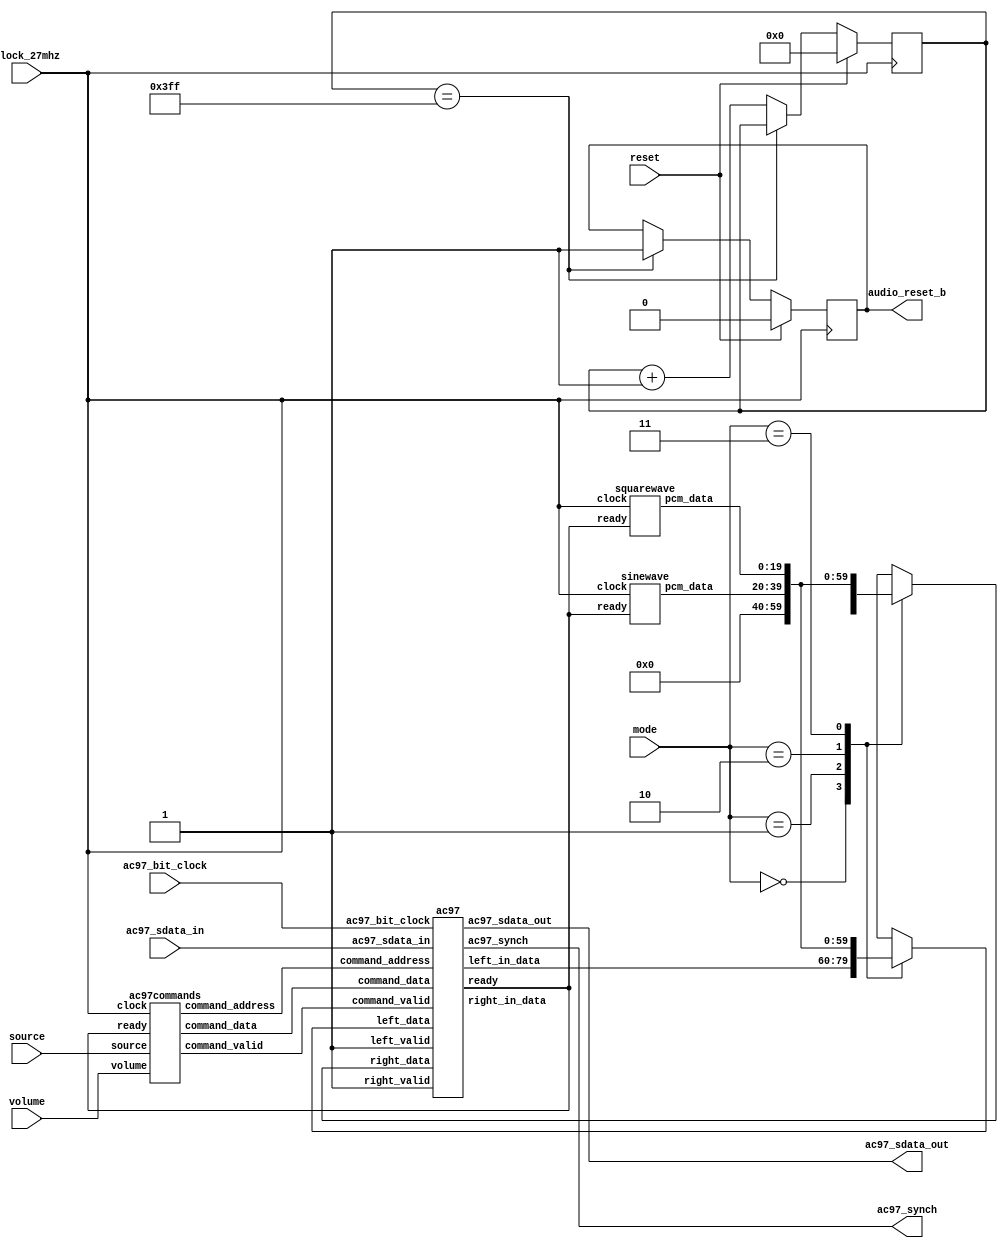
module audio (reset, clock_27mhz, audio_reset_b, ac97_sdata_out, ac97_sdata_in,
	      ac97_synch, ac97_bit_clock, mode, volume, source);

   input reset, clock_27mhz;
   output audio_reset_b;
   output ac97_sdata_out;
   input ac97_sdata_in;
   output ac97_synch;
   input ac97_bit_clock;
   input [1:0] mode;
   input [4:0] volume;
   input source;
   
   wire ready;
   wire [7:0] command_address;
   wire [15:0] command_data;
   wire command_valid;
   reg [19:0] left_out_data, right_out_data;
   wire [19:0] left_in_data, right_in_data, sine_data, square_data;

   //
   // Reset controller
   //
   
   reg audio_reset_b;
   reg [9:0] reset_count;

   always @(posedge clock_27mhz) begin
      if (reset)
	begin
	   audio_reset_b = 1'b0;
	   reset_count = 0;
	end
      else if (reset_count == 1023)
	audio_reset_b = 1'b1;
      else
	reset_count = reset_count+1;
   end
   
   ac97 ac97(ready, command_address, command_data, command_valid,
	     left_out_data, 1'b1, right_out_data, 1'b1, left_in_data, 
	     right_in_data, ac97_sdata_out, ac97_sdata_in, ac97_synch,
	     ac97_bit_clock);
   
   ac97commands cmds(clock_27mhz, ready, command_address, command_data,
		     command_valid, volume, source);

   sinewave sine(clock_27mhz, ready, sine_data);
   
   squarewave square(clock_27mhz, ready, square_data);

   always @(mode or left_in_data or right_in_data or sine_data or square_data)
     case (mode)
       2'd0: begin
	  left_out_data = left_in_data;
	  right_out_data = right_in_data;
       end
       2'd1: begin
	  left_out_data = 20'h00000;
	  right_out_data = 20'h00000;
       end
       2'd2: begin
	  left_out_data = sine_data;
	  right_out_data = sine_data;
       end
       2'd3: begin
	  left_out_data = square_data;
	  right_out_data = square_data;
       end
     endcase
   
endmodule
		 
module beeper (reset, clock_27mhz, beep, enable);

   input reset, clock_27mhz, enable;
   output beep;

   reg [15:0] count;
   reg clock_1khz;
   
   always @(posedge clock_27mhz)
     if (reset)
       begin
	  count <= 0;
	  clock_1khz <= 0;
       end
     else if (count == 13499)
       begin
	  clock_1khz <= ~clock_1khz;
	  count <= 0;
      end
     else
       count <= count+1;
   
   assign beep = enable && clock_1khz;
   
endmodule

module volume (reset, clock, up, down, vol, disp);
   
   input reset, clock, up, down;
   output [3:0] vol;
   output [39:0] disp;

   reg [3:0] vol;
   reg [39:0] disp;
   reg old_up, old_down;

   always @(posedge clock)
     if (reset)
       begin
	  vol <= 0;
	  old_up <= 0;
	  old_down <= 0;
       end
     else
       begin
	  if ((up == 1) && (old_up == 0) && (vol < 15))
	    vol <= vol+1;
	  else if ((down == 1) && (old_down == 0) && (vol > 0))
	    vol <= vol-1;
	  old_up <= up;
	  old_down <= down;
       end
   
   always @(vol)
     case (vol[3:1])
       0: disp <= { 5{8'b00000000}};
       1: disp <= { 5{8'b01000000}};
       2: disp <= { 5{8'b01100000}};
       3: disp <= { 5{8'b01110000}};
       4: disp <= { 5{8'b01111000}};
       5: disp <= { 5{8'b01111100}};
       6: disp <= { 5{8'b01111110}};
       7: disp <= { 5{8'b01111111}};
     endcase
   
endmodule

module ac97 (ready,
	     command_address, command_data, command_valid,
	     left_data, left_valid,
	     right_data, right_valid,
	     left_in_data, right_in_data,
	     ac97_sdata_out, ac97_sdata_in, ac97_synch, ac97_bit_clock);

   output ready;
   input [7:0] command_address;
   input [15:0] command_data;
   input command_valid;
   input [19:0] left_data, right_data;
   input left_valid, right_valid;
   output [19:0] left_in_data, right_in_data;
   
   input ac97_sdata_in;
   input ac97_bit_clock;
   output ac97_sdata_out;
   output ac97_synch;
   
   reg ready;

   reg ac97_sdata_out;
   reg ac97_synch;

   reg [7:0] bit_count;

   reg [19:0] l_cmd_addr;
   reg [19:0] l_cmd_data;
   reg [19:0] l_left_data, l_right_data;
   reg l_cmd_v, l_left_v, l_right_v;
   reg [19:0] left_in_data, right_in_data;
   
   initial begin
      ready <= 1'b0;
      // synthesis attribute init of ready is "0";
      ac97_sdata_out <= 1'b0;
      // synthesis attribute init of ac97_sdata_out is "0";
      ac97_synch <= 1'b0;
      // synthesis attribute init of ac97_synch is "0";
      
      bit_count <= 8'h00;
      // synthesis attribute init of bit_count is "0000";
      l_cmd_v <= 1'b0;
      // synthesis attribute init of l_cmd_v is "0";
      l_left_v <= 1'b0;
      // synthesis attribute init of l_left_v is "0";
      l_right_v <= 1'b0;
      // synthesis attribute init of l_right_v is "0";

      left_in_data <= 20'h00000;
      // synthesis attribute init of left_in_data is "00000";
      right_in_data <= 20'h00000;
      // synthesis attribute init of right_in_data is "00000";
   end
   
   always @(posedge ac97_bit_clock) begin
      // Generate the sync signal
      if (bit_count == 255)
	ac97_synch <= 1'b1;
      if (bit_count == 15)
	ac97_synch <= 1'b0;

      // Generate the ready signal
      if (bit_count == 128)
	ready <= 1'b1;
      if (bit_count == 2)
	ready <= 1'b0;
      
      // Latch user data at the end of each frame. This ensures that the
      // first frame after reset will be empty.
      if (bit_count == 255)
	begin
	   l_cmd_addr <= {command_address, 12'h000};
	   l_cmd_data <= {command_data, 4'h0};
	   l_cmd_v <= command_valid;
	   l_left_data <= left_data;
	   l_left_v <= left_valid;
	   l_right_data <= right_data;
	   l_right_v <= right_valid;
	end
      
      if ((bit_count >= 0) && (bit_count <= 15))
	// Slot 0: Tags
	case (bit_count[3:0])
	  4'h0: ac97_sdata_out <= 1'b1;      // Frame valid
	  4'h1: ac97_sdata_out <= l_cmd_v;   // Command address valid
	  4'h2: ac97_sdata_out <= l_cmd_v;   // Command data valid
	  4'h3: ac97_sdata_out <= l_left_v;  // Left data valid
	  4'h4: ac97_sdata_out <= l_right_v; // Right data valid
	  default: ac97_sdata_out <= 1'b0;
	endcase
	  
      else if ((bit_count >= 16) && (bit_count <= 35))
	// Slot 1: Command address (8-bits, left justified)
	ac97_sdata_out <= l_cmd_v ? l_cmd_addr[35-bit_count] : 1'b0;
      
      else if ((bit_count >= 36) && (bit_count <= 55))
	// Slot 2: Command data (16-bits, left justified)
	ac97_sdata_out <= l_cmd_v ? l_cmd_data[55-bit_count] : 1'b0;
      
      else if ((bit_count >= 56) && (bit_count <= 75))
	begin
	   // Slot 3: Left channel
	   ac97_sdata_out <= l_left_v ? l_left_data[19] : 1'b0;
	   l_left_data <= { l_left_data[18:0], l_left_data[19] };
	end
      else if ((bit_count >= 76) && (bit_count <= 95))
	// Slot 4: Right channel
	   ac97_sdata_out <= l_right_v ? l_right_data[95-bit_count] : 1'b0;
      else 
	ac97_sdata_out <= 1'b0;
      
      bit_count <= bit_count+1;
      
   end // always @ (posedge ac97_bit_clock)

   always @(negedge ac97_bit_clock) begin
      if ((bit_count >= 57) && (bit_count <= 76))
	// Slot 3: Left channel
	left_in_data <= { left_in_data[18:0], ac97_sdata_in };
      else if ((bit_count >= 77) && (bit_count <= 96))
	// Slot 4: Right channel
	right_in_data <= { right_in_data[18:0], ac97_sdata_in };
   end
   
endmodule

///////////////////////////////////////////////////////////////////////////////

module ac97commands (clock, ready, command_address, command_data, 
		     command_valid, volume, source);
   
   input clock;
   input ready;
   output [7:0] command_address;
   output [15:0] command_data;
   output command_valid;
   input [4:0] volume;
   input source;
      
   reg [23:0] command;
   reg command_valid;

   reg old_ready;
   reg done;
   reg [3:0] state;

   initial begin
      command <= 4'h0;
      // synthesis attribute init of command is "0";
      command_valid <= 1'b0;
      // synthesis attribute init of command_valid is "0";
      done <= 1'b0;
      // synthesis attribute init of done is "0";
      old_ready <= 1'b0;
      // synthesis attribute init of old_ready is "0";
      state <= 16'h0000;
      // synthesis attribute init of state is "0000";
   end
      
   assign command_address = command[23:16];
   assign command_data = command[15:0];

   wire [4:0] vol;
   assign vol = 31-volume;
   	      
   always @(posedge clock) begin
      if (ready && (!old_ready))
	state <= state+1;
      
      case (state)
	4'h0: // Read ID
	  begin
	     command <= 24'h80_0000;
	     command_valid <= 1'b1;
	  end
      	4'h1: // Read ID
	  command <= 24'h80_0000;
	4'h2: // Master volume
	  command <= { 8'h02, 3'b000, vol, 3'b000, vol };
	4'h3: // Aux volume
	  command <= { 8'h04, 3'b000, vol, 3'b000, vol };
	4'h4: // Mono volume
	  command <= 24'h06_8000;
	4'h5: // PCM volume
	  command <= 24'h18_0808;
	4'h6: // Record source select
	  if (source)
	    command <= 24'h1A_0000; // microphone
	  else
	    command <= 24'h1A_0404; // line-in
	4'h7: // Record gain
	  command <= 24'h1C_0000;
	4'h8: // Line in gain
	  command <= 24'h10_8000;
	//4'h9: // Set jack sense pins
	  //command <= 24'h72_3F00;
	4'hA: // Set beep volume
	  command <= 24'h0A_0000;
	//4'hF: // Misc control bits
	  //command <= 24'h76_8000;
	default:
	  command <= 24'h80_0000;
      endcase // case(state)

      old_ready <= ready;
      
   end // always @ (posedge clock)

endmodule // ac97commands


module sinewave (clock, ready, pcm_data);

   input clock;
   input ready;
   output [19:0] pcm_data;
   
   reg rdy, old_ready;
   reg [8:0] index;
   reg [19:0] pcm_data;

   initial begin
      old_ready <= 1'b0;
      // synthesis attribute init of old_ready is "0";
      index <= 8'h00;
      // synthesis attribute init of index is "00";
      pcm_data <= 20'h00000;
      // synthesis attribute init of pcm_data is "00000";
   end
   
   always @(posedge clock) begin
      if (rdy && ~old_ready)
	index <= index+1;
      old_ready <= rdy;
      rdy <= ready;
   end
   
   always @(index) begin
      case (index[5:0])
        6'h00: pcm_data <= 20'h00000;
        6'h01: pcm_data <= 20'h0C8BD;
        6'h02: pcm_data <= 20'h18F8B;
        6'h03: pcm_data <= 20'h25280;
        6'h04: pcm_data <= 20'h30FBC;
        6'h05: pcm_data <= 20'h3C56B;
        6'h06: pcm_data <= 20'h471CE;
        6'h07: pcm_data <= 20'h5133C;
        6'h08: pcm_data <= 20'h5A827;
        6'h09: pcm_data <= 20'h62F20;
        6'h0A: pcm_data <= 20'h6A6D9;
        6'h0B: pcm_data <= 20'h70E2C;
        6'h0C: pcm_data <= 20'h7641A;
        6'h0D: pcm_data <= 20'h7A7D0;
        6'h0E: pcm_data <= 20'h7D8A5;
        6'h0F: pcm_data <= 20'h7F623;
        6'h10: pcm_data <= 20'h7FFFF;
        6'h11: pcm_data <= 20'h7F623;
        6'h12: pcm_data <= 20'h7D8A5;
        6'h13: pcm_data <= 20'h7A7D0;
        6'h14: pcm_data <= 20'h7641A;
        6'h15: pcm_data <= 20'h70E2C;
        6'h16: pcm_data <= 20'h6A6D9;
        6'h17: pcm_data <= 20'h62F20;
        6'h18: pcm_data <= 20'h5A827;
        6'h19: pcm_data <= 20'h5133C;
        6'h1A: pcm_data <= 20'h471CE;
        6'h1B: pcm_data <= 20'h3C56B;
        6'h1C: pcm_data <= 20'h30FBC;
        6'h1D: pcm_data <= 20'h25280;
        6'h1E: pcm_data <= 20'h18F8B;
        6'h1F: pcm_data <= 20'h0C8BD;
        6'h20: pcm_data <= 20'h00000;
        6'h21: pcm_data <= 20'hF3743;
        6'h22: pcm_data <= 20'hE7075;
        6'h23: pcm_data <= 20'hDAD80;
        6'h24: pcm_data <= 20'hCF044;
        6'h25: pcm_data <= 20'hC3A95;
        6'h26: pcm_data <= 20'hB8E32;
        6'h27: pcm_data <= 20'hAECC4;
        6'h28: pcm_data <= 20'hA57D9;
        6'h29: pcm_data <= 20'h9D0E0;
        6'h2A: pcm_data <= 20'h95927;
        6'h2B: pcm_data <= 20'h8F1D4;
        6'h2C: pcm_data <= 20'h89BE6;
        6'h2D: pcm_data <= 20'h85830;
        6'h2E: pcm_data <= 20'h8275B;
        6'h2F: pcm_data <= 20'h809DD;
        6'h30: pcm_data <= 20'h80000;
        6'h31: pcm_data <= 20'h809DD;
        6'h32: pcm_data <= 20'h8275B;
        6'h33: pcm_data <= 20'h85830;
        6'h34: pcm_data <= 20'h89BE6;
        6'h35: pcm_data <= 20'h8F1D4;
        6'h36: pcm_data <= 20'h95927;
        6'h37: pcm_data <= 20'h9D0E0;
        6'h38: pcm_data <= 20'hA57D9;
        6'h39: pcm_data <= 20'hAECC4;
        6'h3A: pcm_data <= 20'hB8E32;
        6'h3B: pcm_data <= 20'hC3A95;
        6'h3C: pcm_data <= 20'hCF044;
        6'h3D: pcm_data <= 20'hDAD80;
        6'h3E: pcm_data <= 20'hE7075;
        6'h3F: pcm_data <= 20'hF3743;
      endcase // case(index[8:2])
   end // always @ (index)
   
endmodule


	  
module squarewave (clock, ready, pcm_data);

   input clock;
   input ready;
   output [19:0] pcm_data;

   reg old_ready;
   reg [6:0] index;
   reg [19:0] pcm_data;

   initial begin
      old_ready <= 1'b0;
      // synthesis attribute init of old_ready is "0";
      index <= 7'h00;
      // synthesis attribute init of index is "00";
      pcm_data <= 20'h00000;
      // synthesis attribute init of pcm_data is "00000";
   end
   
   always @(posedge clock) begin
      if (ready && ~old_ready)
	index <= index+1;
      old_ready <= ready;
   end

   always @(index) begin
      if (index[6])
	pcm_data <= 20'hF0F00;
      else
	pcm_data <= 20'h05555;
   end // always @ (index)
   
endmodule